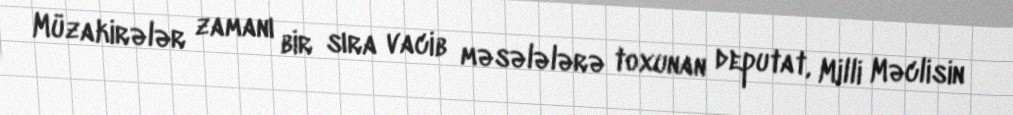
Müzakirələr zamanı bir sıra vacib məsələlərə toxunan deputat, Milli Məclisin